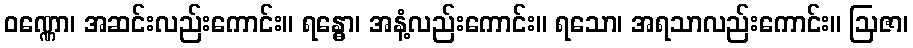
ဝဏ္ဏော၊ အဆင်းလည်းကောင်း။ ရန္ဓော၊ အနံ့လည်းကောင်း။ ရသော၊ အရသာလည်းကောင်း။ ဩဇာ၊